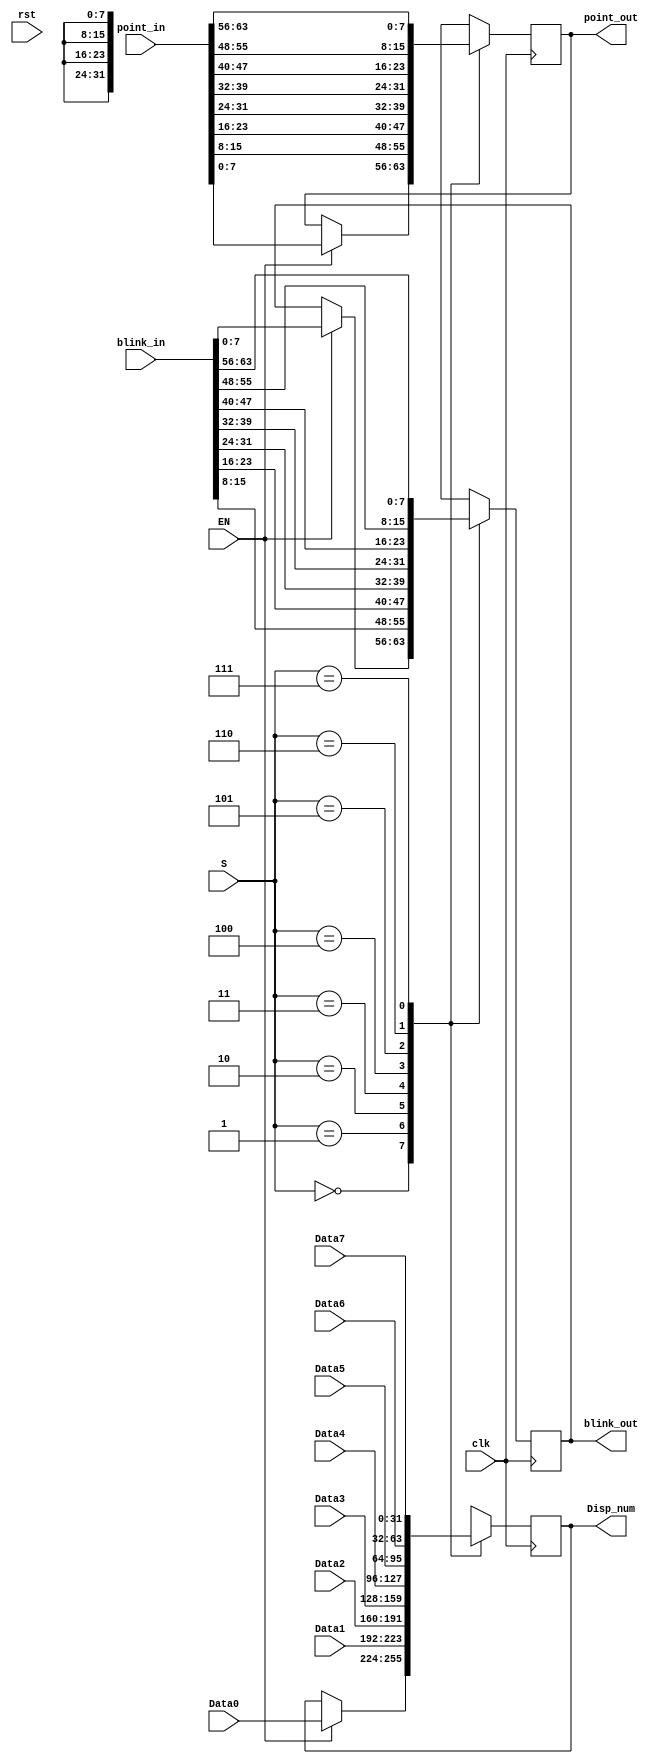
module Multi_8CH32(
clk, rst, EN,S,point_in,blink_in,Data0,Data1,Data2,Data3,Data4,Data5,Data6,Data7,
Disp_num,point_out,blink_out	
    );
 input clk, rst, EN;
 input [2:0] S;
 input [63:0] point_in,blink_in;
 input [31:0] Data0,Data1,Data2,Data3,Data4,Data5,Data6,Data7;
 output reg [31:0] Disp_num = 32'haa55aa55;
 output reg [7:0] point_out = 8'h00, blink_out = 8'hff;
 
always @(posedge clk)begin
case (S)
3'b000 : begin 
	//if not EN, the display of SEG7's channel0 should retain. That is, EN indicates that we are writing the change.
	if (EN == 1) begin
		Disp_num <= Data0; point_out <= point_in[7:0]; blink_out <= blink_in[7:0]; 
	end
	else begin
		Disp_num <= Disp_num; point_out <= point_out; blink_out <= blink_out;
	end
	end
3'b001 : begin Disp_num <= Data1; point_out <= point_in[15:8]; blink_out <= blink_in[15:8]; end
3'b010 : begin Disp_num <= Data2; point_out <= point_in[23:16]; blink_out <= blink_in[23:16]; end
3'b011 : begin Disp_num <= Data3; point_out <= point_in[31:24]; blink_out <= blink_in[31:24]; end
3'b100 : begin Disp_num <= Data4; point_out <= point_in[39:32]; blink_out <= blink_in[39:32]; end
3'b101 : begin Disp_num <= Data5; point_out <= point_in[47:40]; blink_out <= blink_in[47:40]; end
3'b110 : begin Disp_num <= Data6; point_out <= point_in[55:48]; blink_out <= blink_in[55:48]; end
3'b111 : begin Disp_num <= Data7; point_out <= point_in[63:56]; blink_out <= blink_in[63:56]; end
endcase
end

endmodule